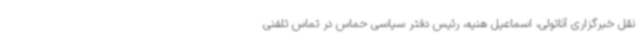
نقل خبرگزاری آناتولی، اسماعیل هنیه، رئیس دفتر سیاسی حماس در تماس تلفنی